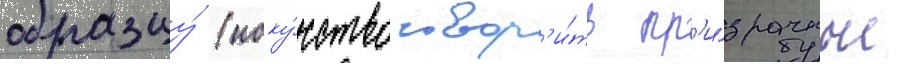
образцу́ (иску́сство твор'и́ть пр'и́зрачные